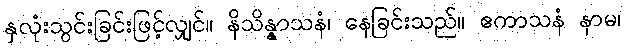
နှလုံးသွင်းခြင်းဖြင့်လျှင်။ နိသိန္နာသနံ၊ နေခြင်းသည်။ ဧကာသနံ နာမ၊